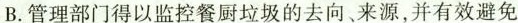
B.管理部门得以监控餐厨垃圾的去向、来源，并有效避免